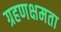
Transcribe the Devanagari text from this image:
ग्रहणक्षमता